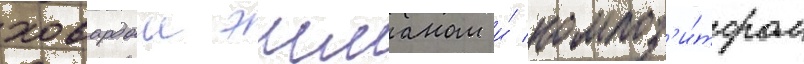
ховардом эшманом и́ композ'и́тором